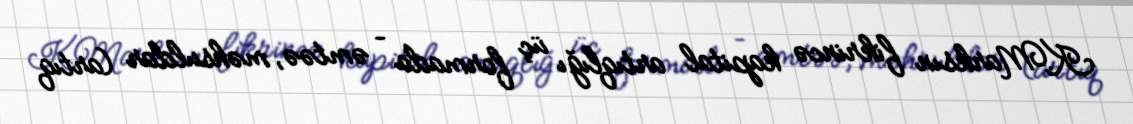
K.Marksın fikrincə kapital artıqlığı üç formada – əmtəə, məhsuldar (artıq